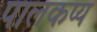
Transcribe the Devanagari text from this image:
पालकप्य